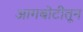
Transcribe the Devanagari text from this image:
आगबोटीतून